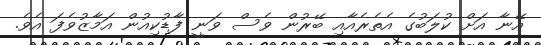
އޭނާ އަށް ކުލަބުގެ އެތެރެއާއި ބޭރުން ވެސް ވަނީ ފާޑުކިއުން އަމާޒުވެފަ އެވެ.